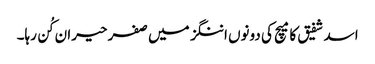
اسد شفیق کا میچ کی دونوں اننگز میں صفر حیران کُن رہا۔